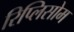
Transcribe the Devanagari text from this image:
रिप्लिसोम